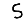
Digit: 5